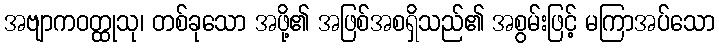
အဗျာကဝတ္ထုသု၊ တစ်ခုသော အဖို့၏ အဖြစ်အစရှိသည်၏ အစွမ်းဖြင့် မကြာအပ်သော